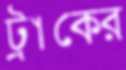
ট্রাকের